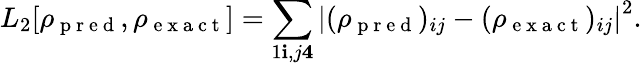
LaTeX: L_{2}[\rho_{\mathrm{~p~r~e~d~}},\rho_{\mathrm{~e~x~a~c~t~}}]=\sum_{1\le i,j\le 4}\left|(\rho_{\mathrm{~p~r~e~d~}})_{ij}-(\rho_{\mathrm{~e~x~a~c~t~}})_{ij}\right|^{2}.